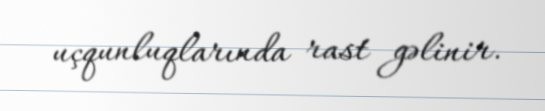
uçqunluqlarında rast gəlinir.